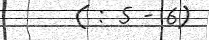
( : 5 - 6)